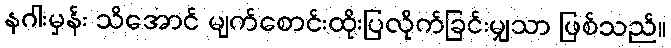
နဂါးမှန်း သိအောင် မျက်စောင်းထိုးပြလိုက်ခြင်းမျှသာ ဖြစ်သည်။